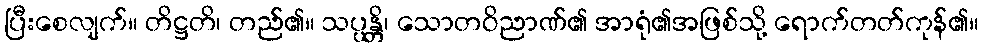
ပြီးစေလျက်။ တိဋ္ဌတိ၊ တည်၏။ သပ္ပန္တိ၊ သောတဝိညာဏ်၏ အာရုံ၏အဖြစ်သို့ ရောက်တတ်ကုန်၏။